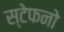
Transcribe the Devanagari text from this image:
स्टेफनो